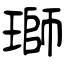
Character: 瑡